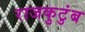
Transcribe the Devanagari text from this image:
राजकुटुंब